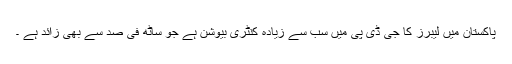
پاکستان میں لیبرز کا جی ڈی پی میں سب سے زیادہ کنٹری بیوشن ہے جو ساٹھ فی صد سے بھی زائد ہے ۔